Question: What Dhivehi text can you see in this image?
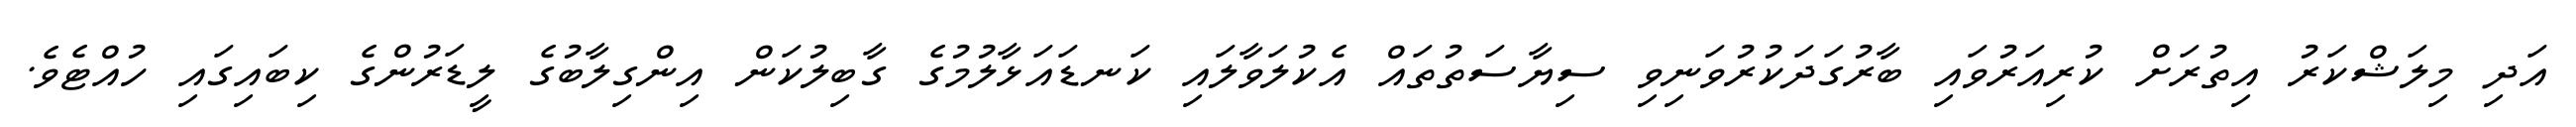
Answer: އަދި މިލަޝްކަރު އިތުރަށް ކުރިއަރުވައި ބާރުގަދަކުރުވަނިވި ސިޔާސަތުތައް އެކުލަވާލައި ކަނޑައަޅާލުމުގެ ގާބިލުކަން އިންގިލާބުގެ ލީޑަރުންގެ ކިބައިގައި ހުއްޓެވެ.